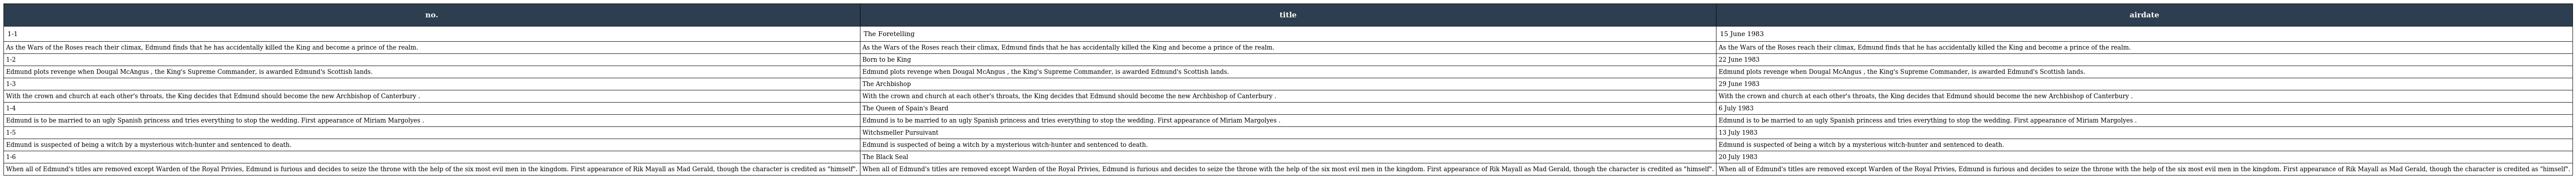
| no. | title | airdate |
 | --- | --- | --- |
 | 1-1 | The Foretelling | 15 June 1983 |
 | As the Wars of the Roses reach their climax, Edmund finds that he has accidentally killed the King and become a prince of the realm. | As the Wars of the Roses reach their climax, Edmund finds that he has accidentally killed the King and become a prince of the realm. | As the Wars of the Roses reach their climax, Edmund finds that he has accidentally killed the King and become a prince of the realm. |
 | 1-2 | Born to be King | 22 June 1983 |
 | Edmund plots revenge when Dougal McAngus , the King's Supreme Commander, is awarded Edmund's Scottish lands. | Edmund plots revenge when Dougal McAngus , the King's Supreme Commander, is awarded Edmund's Scottish lands. | Edmund plots revenge when Dougal McAngus , the King's Supreme Commander, is awarded Edmund's Scottish lands. |
 | 1-3 | The Archbishop | 29 June 1983 |
 | With the crown and church at each other's throats, the King decides that Edmund should become the new Archbishop of Canterbury . | With the crown and church at each other's throats, the King decides that Edmund should become the new Archbishop of Canterbury . | With the crown and church at each other's throats, the King decides that Edmund should become the new Archbishop of Canterbury . |
 | 1-4 | The Queen of Spain's Beard | 6 July 1983 |
 | Edmund is to be married to an ugly Spanish princess and tries everything to stop the wedding. First appearance of Miriam Margolyes . | Edmund is to be married to an ugly Spanish princess and tries everything to stop the wedding. First appearance of Miriam Margolyes . | Edmund is to be married to an ugly Spanish princess and tries everything to stop the wedding. First appearance of Miriam Margolyes . |
 | 1-5 | Witchsmeller Pursuivant | 13 July 1983 |
 | Edmund is suspected of being a witch by a mysterious witch-hunter and sentenced to death. | Edmund is suspected of being a witch by a mysterious witch-hunter and sentenced to death. | Edmund is suspected of being a witch by a mysterious witch-hunter and sentenced to death. |
 | 1-6 | The Black Seal | 20 July 1983 |
 | When all of Edmund's titles are removed except Warden of the Royal Privies, Edmund is furious and decides to seize the throne with the help of the six most evil men in the kingdom. First appearance of Rik Mayall as Mad Gerald, though the character is credited as "himself". | When all of Edmund's titles are removed except Warden of the Royal Privies, Edmund is furious and decides to seize the throne with the help of the six most evil men in the kingdom. First appearance of Rik Mayall as Mad Gerald, though the character is credited as "himself". | When all of Edmund's titles are removed except Warden of the Royal Privies, Edmund is furious and decides to seize the throne with the help of the six most evil men in the kingdom. First appearance of Rik Mayall as Mad Gerald, though the character is credited as "himself". |